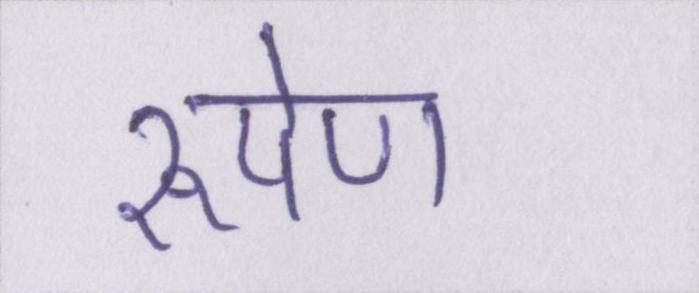
रूपेण